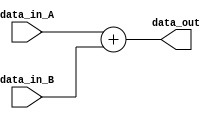
`timescale 1ns/1ps

module counter 
	#(
	parameter NBIT=32)
		(
	input [NBIT-1:0] data_in_A,
	input [NBIT-1:0] data_in_B,
	output [NBIT-1:0] data_out

  );

  
  assign data_out = data_in_A + data_in_B;

  
  endmodule